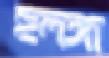
হলঙ্গা